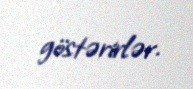
göstərirlər.